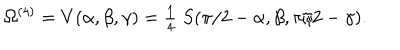
\Omega ^ { ( 4 ) } = V ( \alpha , \beta , \gamma ) = { \textstyle { \frac { 1 } { 4 } } } \; S ( \pi / 2 - \alpha , \beta , \pi / 2 - \gamma ) .